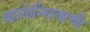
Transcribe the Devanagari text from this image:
व्हालेन्सियाची